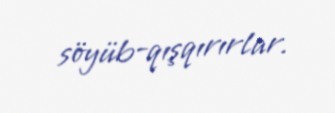
söyüb-qışqırırlar.